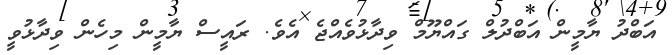
އަބްދު ޔާމީން އަބްދުލް ގައްޔޫމް ވިދާޅުވެއްޖެ އެވެ. ރައީސް ޔާމީން މިހެން ވިދާޅުވީ